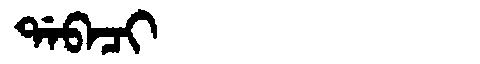
Manchu: ᡩᠠᠪᠠᠴᡳ
Romanization: DABACI